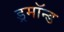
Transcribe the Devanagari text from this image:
ड्रमॉन्ड